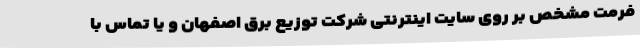
فرمت مشخص بر روی سایت اینترنتی شرکت توزیع برق اصفهان و یا تماس با